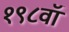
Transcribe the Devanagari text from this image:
१९८वॉ